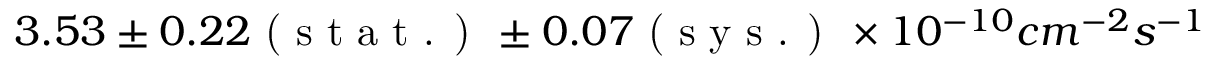
3 . 5 3 \pm 0 . 2 2 \textrm { ( s t a t . ) } \pm 0 . 0 7 \textrm { ( s y s . ) } \times 1 0 ^ { - 1 0 } c m ^ { - 2 } s ^ { - 1 }